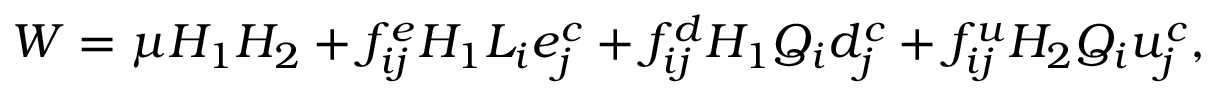
W = \mu H _ { 1 } H _ { 2 } + f _ { i j } ^ { e } H _ { 1 } L _ { i } e _ { j } ^ { c } + f _ { i j } ^ { d } H _ { 1 } Q _ { i } d _ { j } ^ { c } + f _ { i j } ^ { u } H _ { 2 } Q _ { i } u _ { j } ^ { c } ,